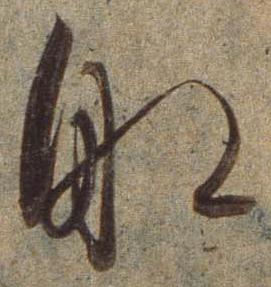
船